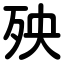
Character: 殃